Lunatic asylums Bombay report 1878-1890 - 1878-1890
Year: 1878
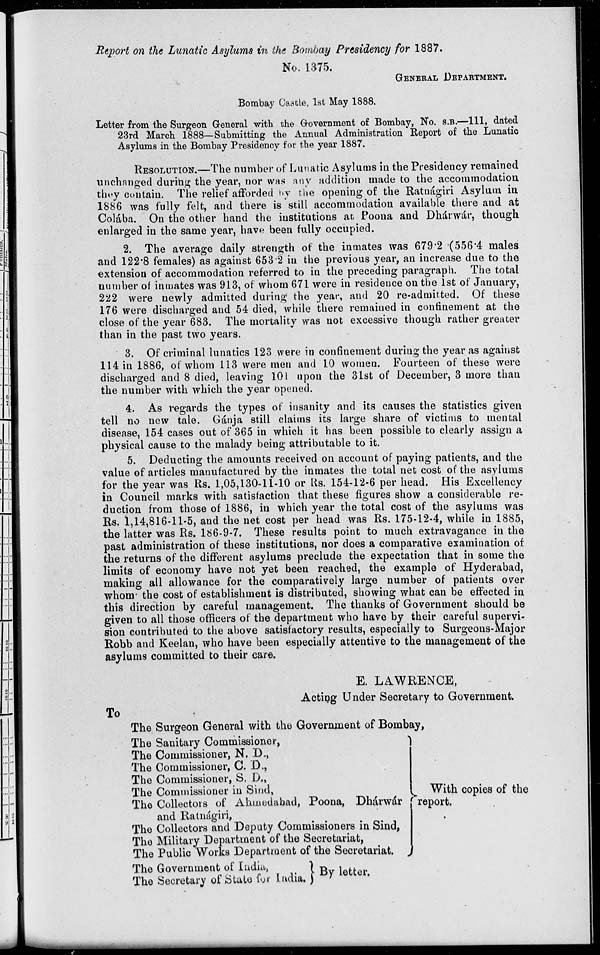
Report on the Lunatic Asylums in the Bombay Presidency for 1887.
No. 1375.
GENERAL DEPARTMENT.
Bombay Castle, 1st May 1888.
Letter from the Surgeon General with the Government of Bombay, No. S.B.—111, dated
23rd March 1888—Submitting the Annual Administration Report of the Lunatic
Asylums in the Bombay Presidency for the year 1887.
RESOLUTION.—The number of Lunatic Asylums in the Presidency remained
unchanged during the year, nor was any addition made to the accommodation
they contain. The relief afforded by the opening of the Ratnágiri Asylum in
1886 was fully felt, and there is still accommodation available there and at
Colába. On the other hand the institutions at Poona and Dhárwár, though
enlarged in the same year, have been fully occupied.
2. The average daily strength of the inmates was 679.2 (556.4 males
and 122.8 females) as against 653.2 in the previous year, an increase due to the
extension of accommodation referred to in the preceding paragraph. The total
number of inmates was 913, of whom 671 were in residence on the 1st of January,
222 were newly admitted during the year, and 20 re-admitted. Of these
176 were discharged and 54 died, while there remained in confinement at the
close of the year 683. The mortality was not excessive though rather greater
than in the past two years.
3. Of criminal lunatics 123 were in confinement during the year as against
114 in 1886, of whom 113 were men and 10 women. Fourteen of these were
discharged and 8 died, leaving 101 upon the 31st of December, 3 more than
the number with which the year opened.
4. As regards the types of insanity and its causes the statistics given
tell no new tale. Gánja still claims its large share of victims to mental
disease, 154 cases out of 365 in which it has been possible to clearly assign a
physical cause to the malady being attributable to it.
5. Deducting the amounts received on account of paying patients, and the
value of articles manufactured by the inmates the total net cost of the asylums
for the year was Rs. 1,05,130-11-10 or Rs. 154-12-6 per head. His Excellency
in Council marks with satisfaction that these figures show a considerable re-
duction from those of 1886, in which year the total cost of the asylums was
Rs. 1,14,816-11-5, and the net cost per head was Rs. 175-12-4, while in 1885,
the latter was Rs. 186-9-7. These results point to much extravagance in the
past administration of these institutions, nor does a comparative examination of
the returns of the different asylums preclude the expectation that in some the
limits of economy have not yet been reached, the example of Hyderabad,
making all allowance for the comparatively large number of patients over
whom the cost of establishment is distributed, showing what can be effected in
this direction by careful management. The thanks of Government should be
given to all those officers of the department who have by their careful supervi-
sion contributed to the above satisfactory results, especially to Surgeons-Major
Robb and Keelan, who have been especially attentive to the management of the
asylums committed to their care.
E. LAWRENCE,
Acting Under Secretary to Government.
To
The Surgeon General with the Government of Bombay,
The Sanitary Commissioner,
The Commissioner, N. D.,
The Commissioner, C. D.,
The Commissioner, S. D.,
The Commissioner in Sind,
The Collectors of Ahmedabad, Poona, Dhárwár
and Ratnágiri,
The Collectors and Deputy Commissioners in Sind,
The Military Department of the Secretariat,
The Public Works Department of the Secretariat.
The Government of India,
The Secretary of State for India.
With copies of the
report.
By letter.